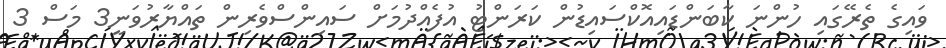
ވައިގެ ތެރޭގައި ހުންނަ ކާބަންޑައިއޮކްސައިޑުން ކަރަންޓު އުފެއްދުމަށް ސައިންސްވެރިން ތައްޔާރުވަނީ3 މަސް 3